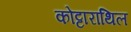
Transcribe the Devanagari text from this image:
कोट्टाराथिल